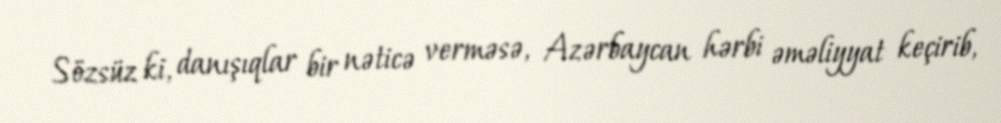
Sözsüz ki, danışıqlar bir nəticə verməsə, Azərbaycan hərbi əməliyyat keçirib,